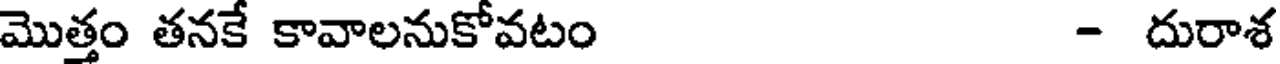
మొత్తం తనకే కావాలనుకోవటం - దురాశ